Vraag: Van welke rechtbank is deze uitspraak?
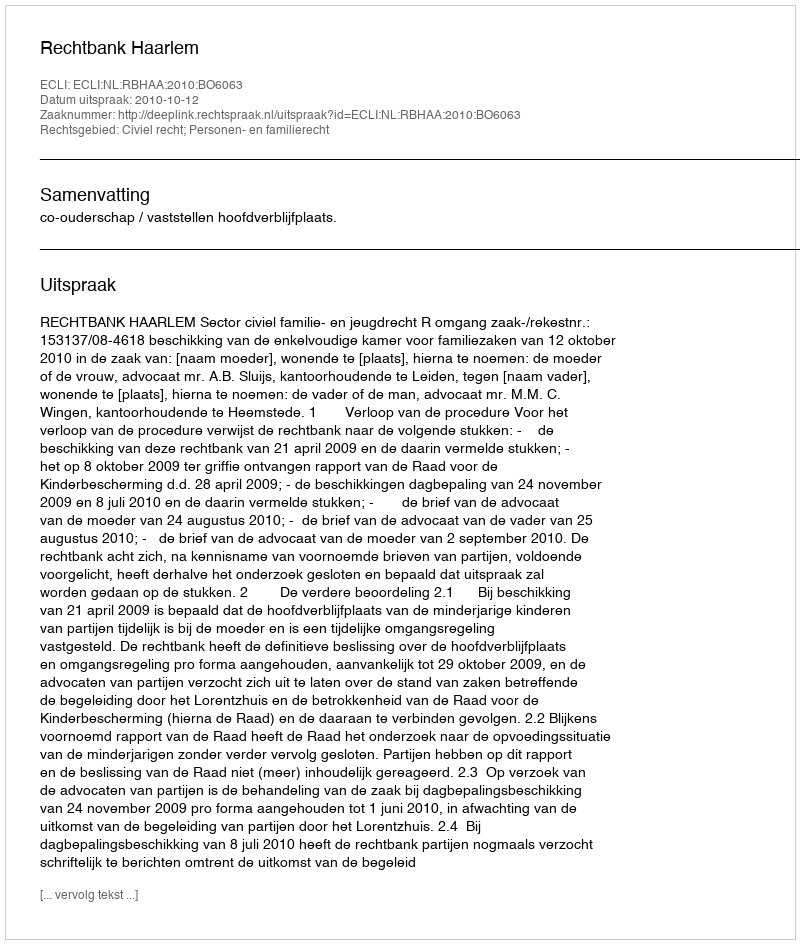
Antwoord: Rechtbank Haarlem